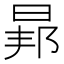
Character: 𭦐